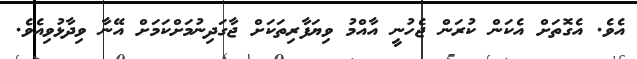
އެވެ. އެގޮތަށް އެކަން ކުރަން ޖެހުނީ އާއްމު ވިޔަފާރިތަކަށް ޖާގަދިނުމަށްކަމަށް އޭނާ ވިދާޅުވިއެވެ.